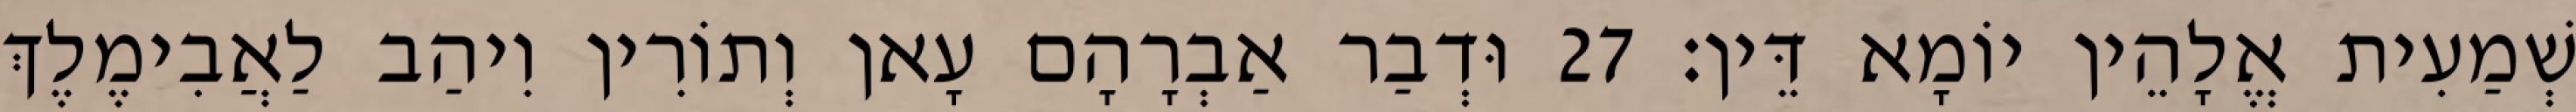
שְׁמַעִית אֱלָהֵין יוֹמָא דֵּין׃ 27 וּדְבַר אַבְרָהָם עָאן וְתוֹרִין וִיהַב לַאֲבִימֶלֶךְ